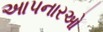
આપનારઓ